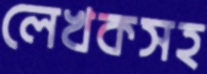
লেখকসহ